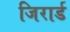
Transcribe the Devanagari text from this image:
जिरार्ड